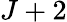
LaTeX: J+2